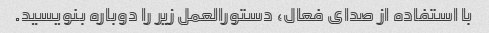
با استفاده از صدای فعال، دستورالعمل زیر را دوباره بنویسید.